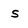
Character: s